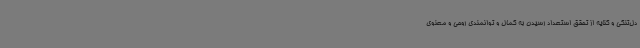
دل‌تنگی و کنایه از تحقق استعداد رسیدن به کمال و توانمندی روحی و معنوی